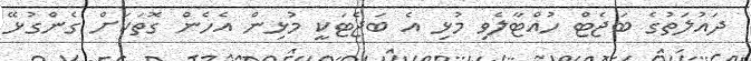
ދައުލަތުގެ ބަޖެޓް ހުއްޓާލެވި މުޅި އެ ބަޖެޓަކީ މުޅިން އެހެން ގޮތަކަށް ގެންގުޅޭ